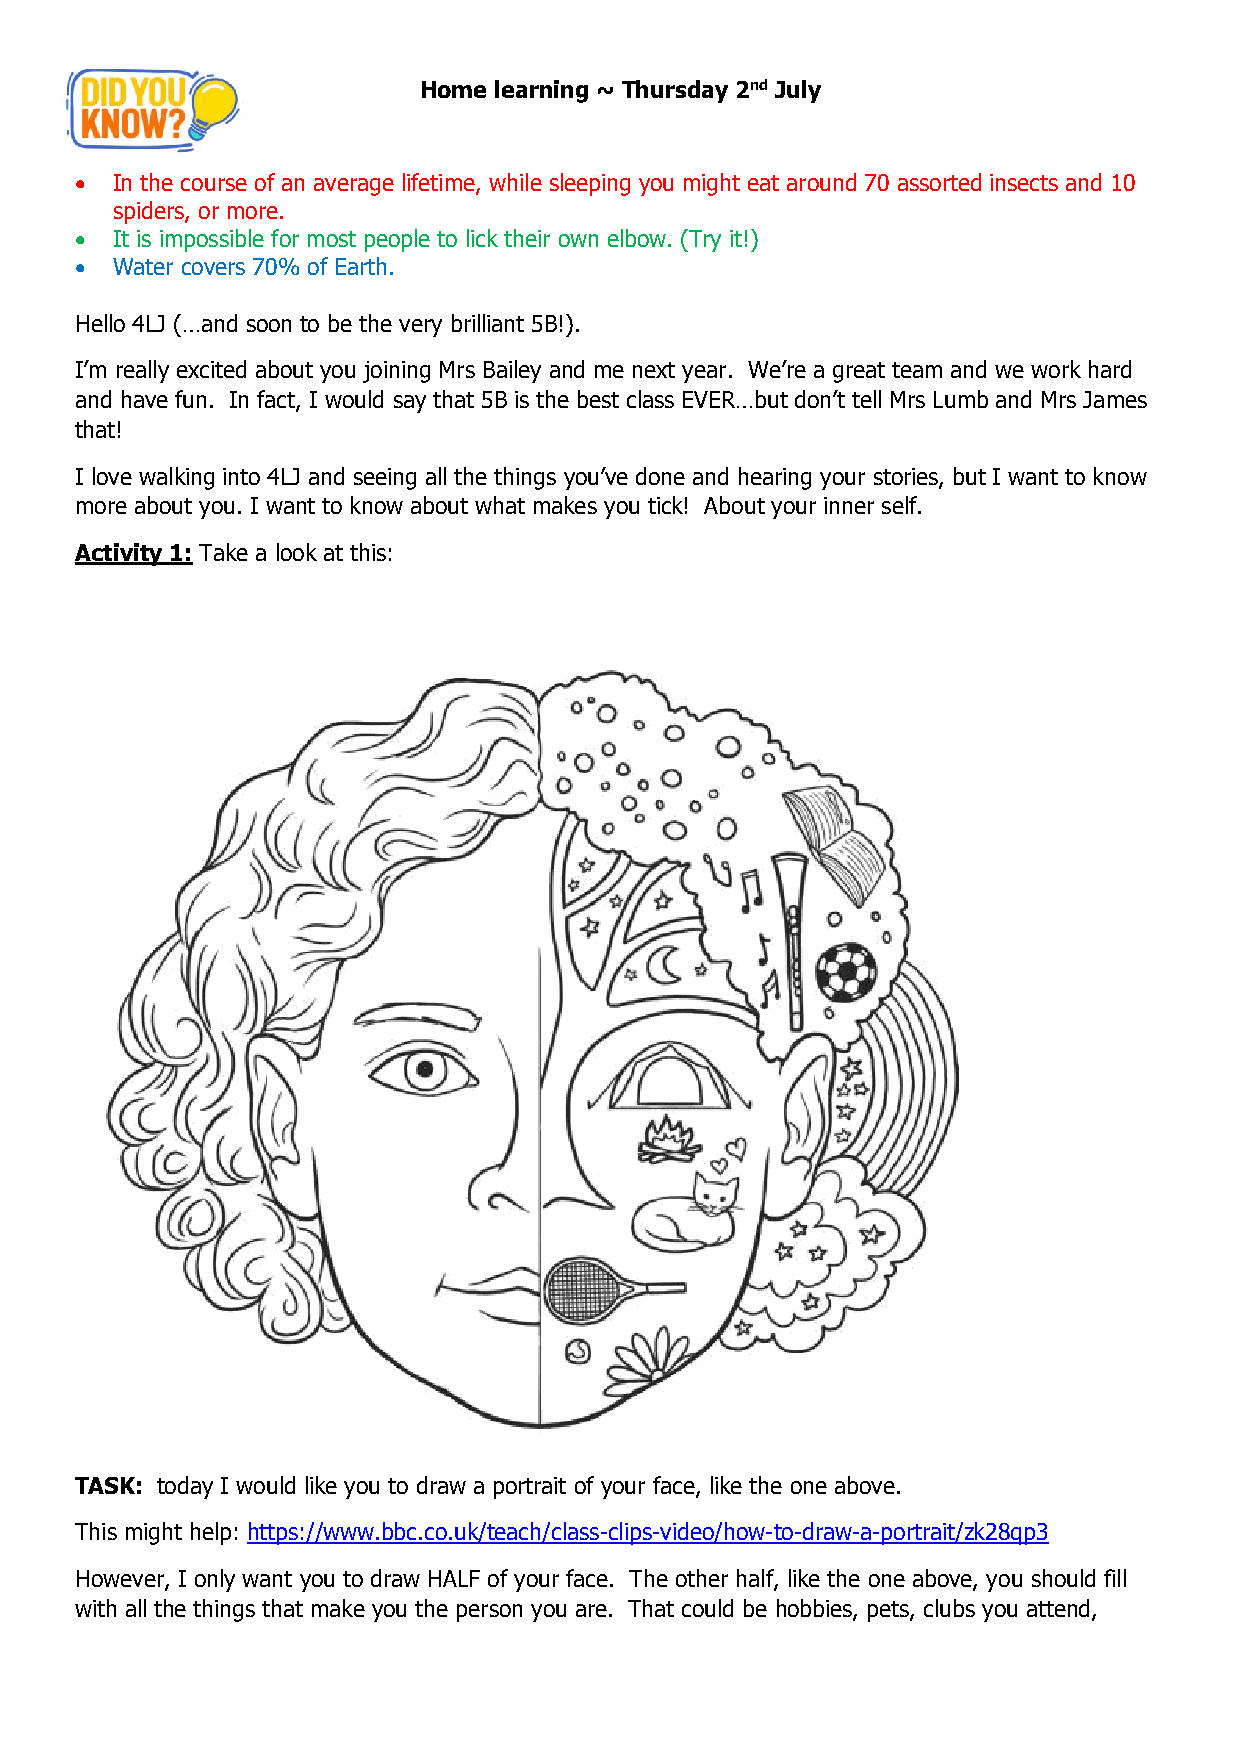
Home learning ~ Thursday 2nd July
 • In the course of an average lifetime, while sleeping you might eat around 70 assorted insects and 10
 spiders, or more.
 • It is impossible for most people to lick their own elbow. (Try it!)
 • Water covers 70% of Earth.
 Hello 4LJ (…and soon to be the very brilliant 5B!).
 I’m really excited about you joining Mrs Bailey and me next year. We’re a great team and we work hard
 and have fun. In fact, I would say that 5B is the best class EVER…but don’t tell Mrs Lumb and Mrs James
 that!
 I love walking into 4LJ and seeing all the things you’ve done and hearing your stories, but I want to know
 more about you. I want to know about what makes you tick! About your inner self.
 Activity 1: Take a look at this:
 TASK: today I would like you to draw a portrait of your face, like the one above.
 This might help: https://www.bbc.co.uk/teach/class-clips-video/how-to-draw-a-portrait/zk28qp3
 However, I only want you to draw HALF of your face. The other half, like the one above, you should fill
 with all the things that make you the person you are. That could be hobbies, pets, clubs you attend,